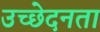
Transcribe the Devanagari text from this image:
उच्छेदनता